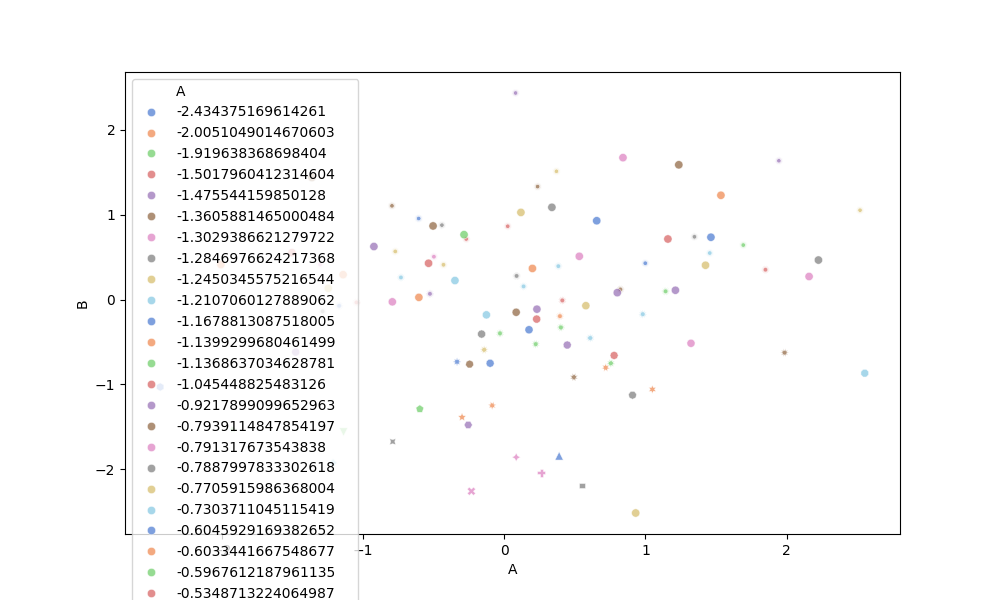
python, seaborn, scatterplot, hue='A', style='B', size='None', palette='muted', alpha=0.7